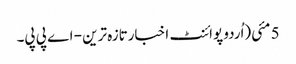
5 مئی(اُردو پوائنٹ اخبارتازہ ترین - اے پی پی۔